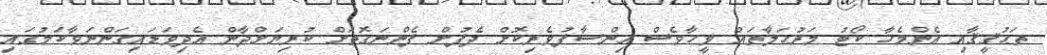
ތަޙުޤީޤާއި އެންމެހާ ކޯޓު މަރުޙަލާތައް ވީހާވެސް އިންސާފުވެރިކޮށް ދެފުށް ފެންނަގޮތަށް ކުރިޔަށްދާން އެދިވަޑައިގަންނަވާކަމުގައި